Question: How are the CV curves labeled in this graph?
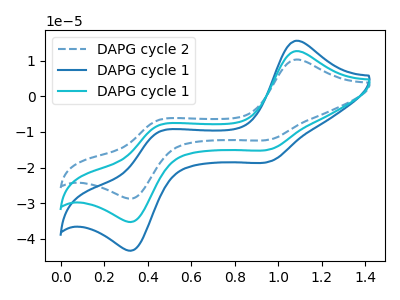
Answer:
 <answer>The blue dashed curve is labeled "DAPG cycle 2". The blue curve is labeled "DAPG cycle 1". The cyan curve is labeled "DAPG cycle 1".</answer>
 <eval></eval>